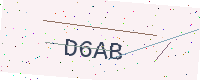
Text: D6AB